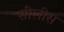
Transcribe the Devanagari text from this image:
सीलीस